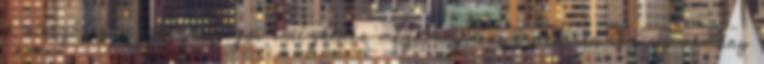
a sürgősségi egészségügyi intézkedés megkönnyítése érdekében Az új okmány